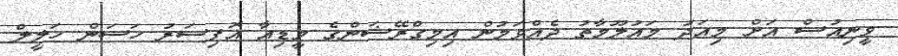
ވީނިއުސް އަށް މިއަދު މައުލޫމާތު ދެއްވަމުން އިމިގްރޭޝަންގެ މީޑިއާ އޮފިސަރު ހަސަން ހަލީލް